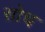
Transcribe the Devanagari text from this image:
सोच